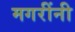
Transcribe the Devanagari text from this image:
मगरींनी